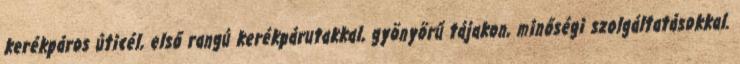
kerékpáros úticél, első rangú kerékpárutakkal, gyönyörű tájakon, minőségi szolgáltatásokkal.